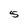
Character: 5